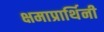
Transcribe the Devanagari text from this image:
क्षमाप्रार्थिनी